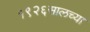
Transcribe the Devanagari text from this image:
१९२६सालच्या